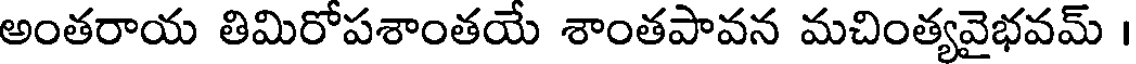
అంతరాయ తిమిరోపశాంతయే శాంతపావన మచింత్యవైభవమ్